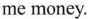
me money.